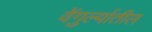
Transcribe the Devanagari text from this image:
वेंगुर्ल्यातील